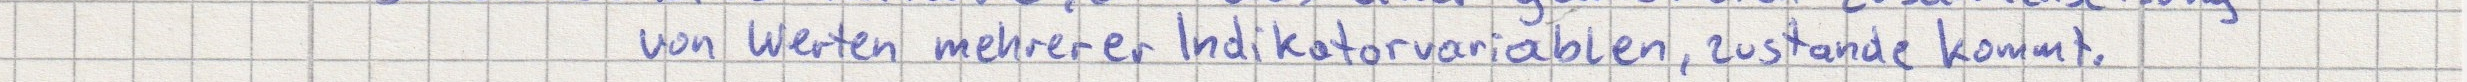
von Werten mehrerer Indikatorvariablen, zustande kommt.